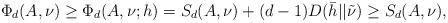
LaTeX: \begin{align*}\Phi_d(A,\nu)\geq \Phi_d(A,\nu;h)=S_d(A,\nu)+(d-1)D(\bar{h} || \tilde{\nu})\geq S_d(A,\nu),\end{align*}